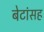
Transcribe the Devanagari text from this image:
बेटांसह